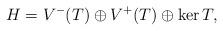
LaTeX: \begin{align*}H=V^-(T)\oplus V^+(T)\oplus \ker T,\end{align*}